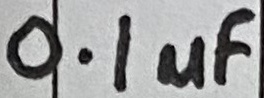
Text: 0.1µF